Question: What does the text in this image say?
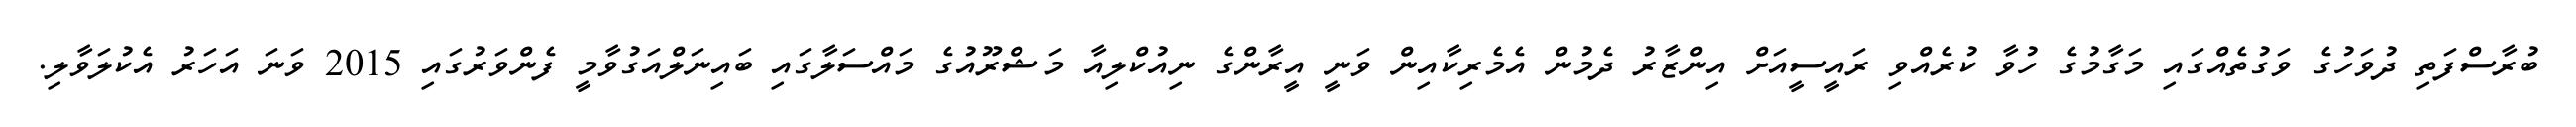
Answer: ބުރާސްފަތި ދުވަހުގެ ވަގުތެއްގައި މަގާމުގެ ހުވާ ކުރެއްވި ރައީސީއަށް އިންޒާރު ދެމުން އެމެރިކާއިން ވަނީ އީރާންގެ ނިއުކްލިއާ މަޝްރޫއުގެ މައްސަލާގައި ބައިނަލްއަގުވާމީ ފެންވަރުގައި 2015 ވަނަ އަހަރު އެކުލަވާލި.